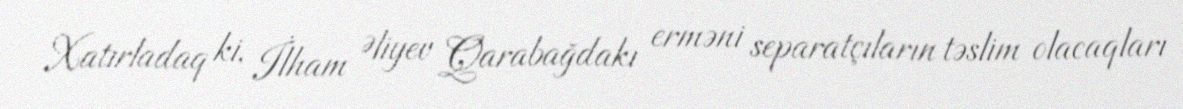
Xatırladaq ki, İlham Əliyev Qarabağdakı erməni separatçıların təslim olacaqları